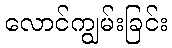
လောင်ကျွမ်းခြင်း